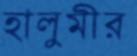
হালুমীর